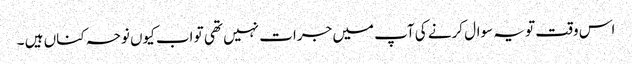
اس وقت تو یہ سوال کرنے کی آپ میں جرات نہیں تھی تو اب کیوں نوحہ کناں ہیں ۔